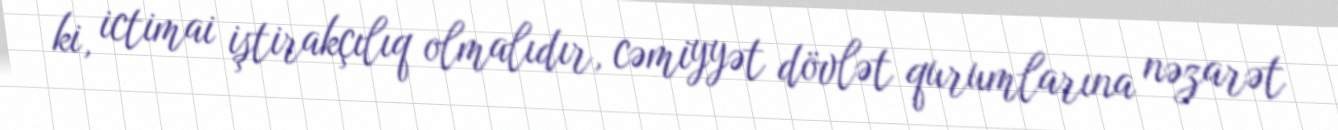
ki, ictimai iştirakçılıq olmalıdır, cəmiyyət dövlət qurumlarına nəzarət